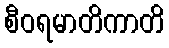
စီဝရမာတိကာတိ